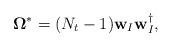
LaTeX: \begin{align*}\mathbf{\Omega}^{\ast} = (N_t-1)\mathbf{w}_I\mathbf{w}_I^{\dag},\end{align*}